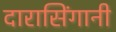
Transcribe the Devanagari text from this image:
दारासिंगानी